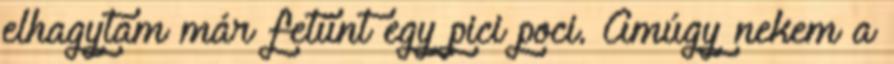
elhagytam már fetűnt egy pici poci. Amúgy nekem a